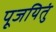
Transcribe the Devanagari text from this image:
पूजयितुं